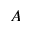
A